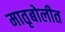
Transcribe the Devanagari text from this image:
मातृबोलीत